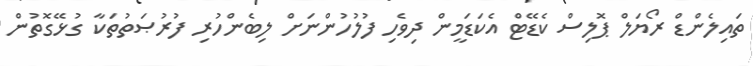
ތައިލެންޑް ރޯޔަލް ޕޮލިސް ކެޑޭޓް އެކަޑަމީން ދިވެހި ފުލުހުންނަށް ލިބެންހުރި ފުރުޞަތުތަކާ ގުޅޭގޮތުން